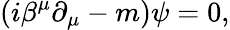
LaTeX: \left(i\beta^{\mu}\partial_{\mu}-m\right)\psi=0,